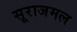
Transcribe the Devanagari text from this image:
सूराजमल